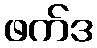
ဖက်ဒ